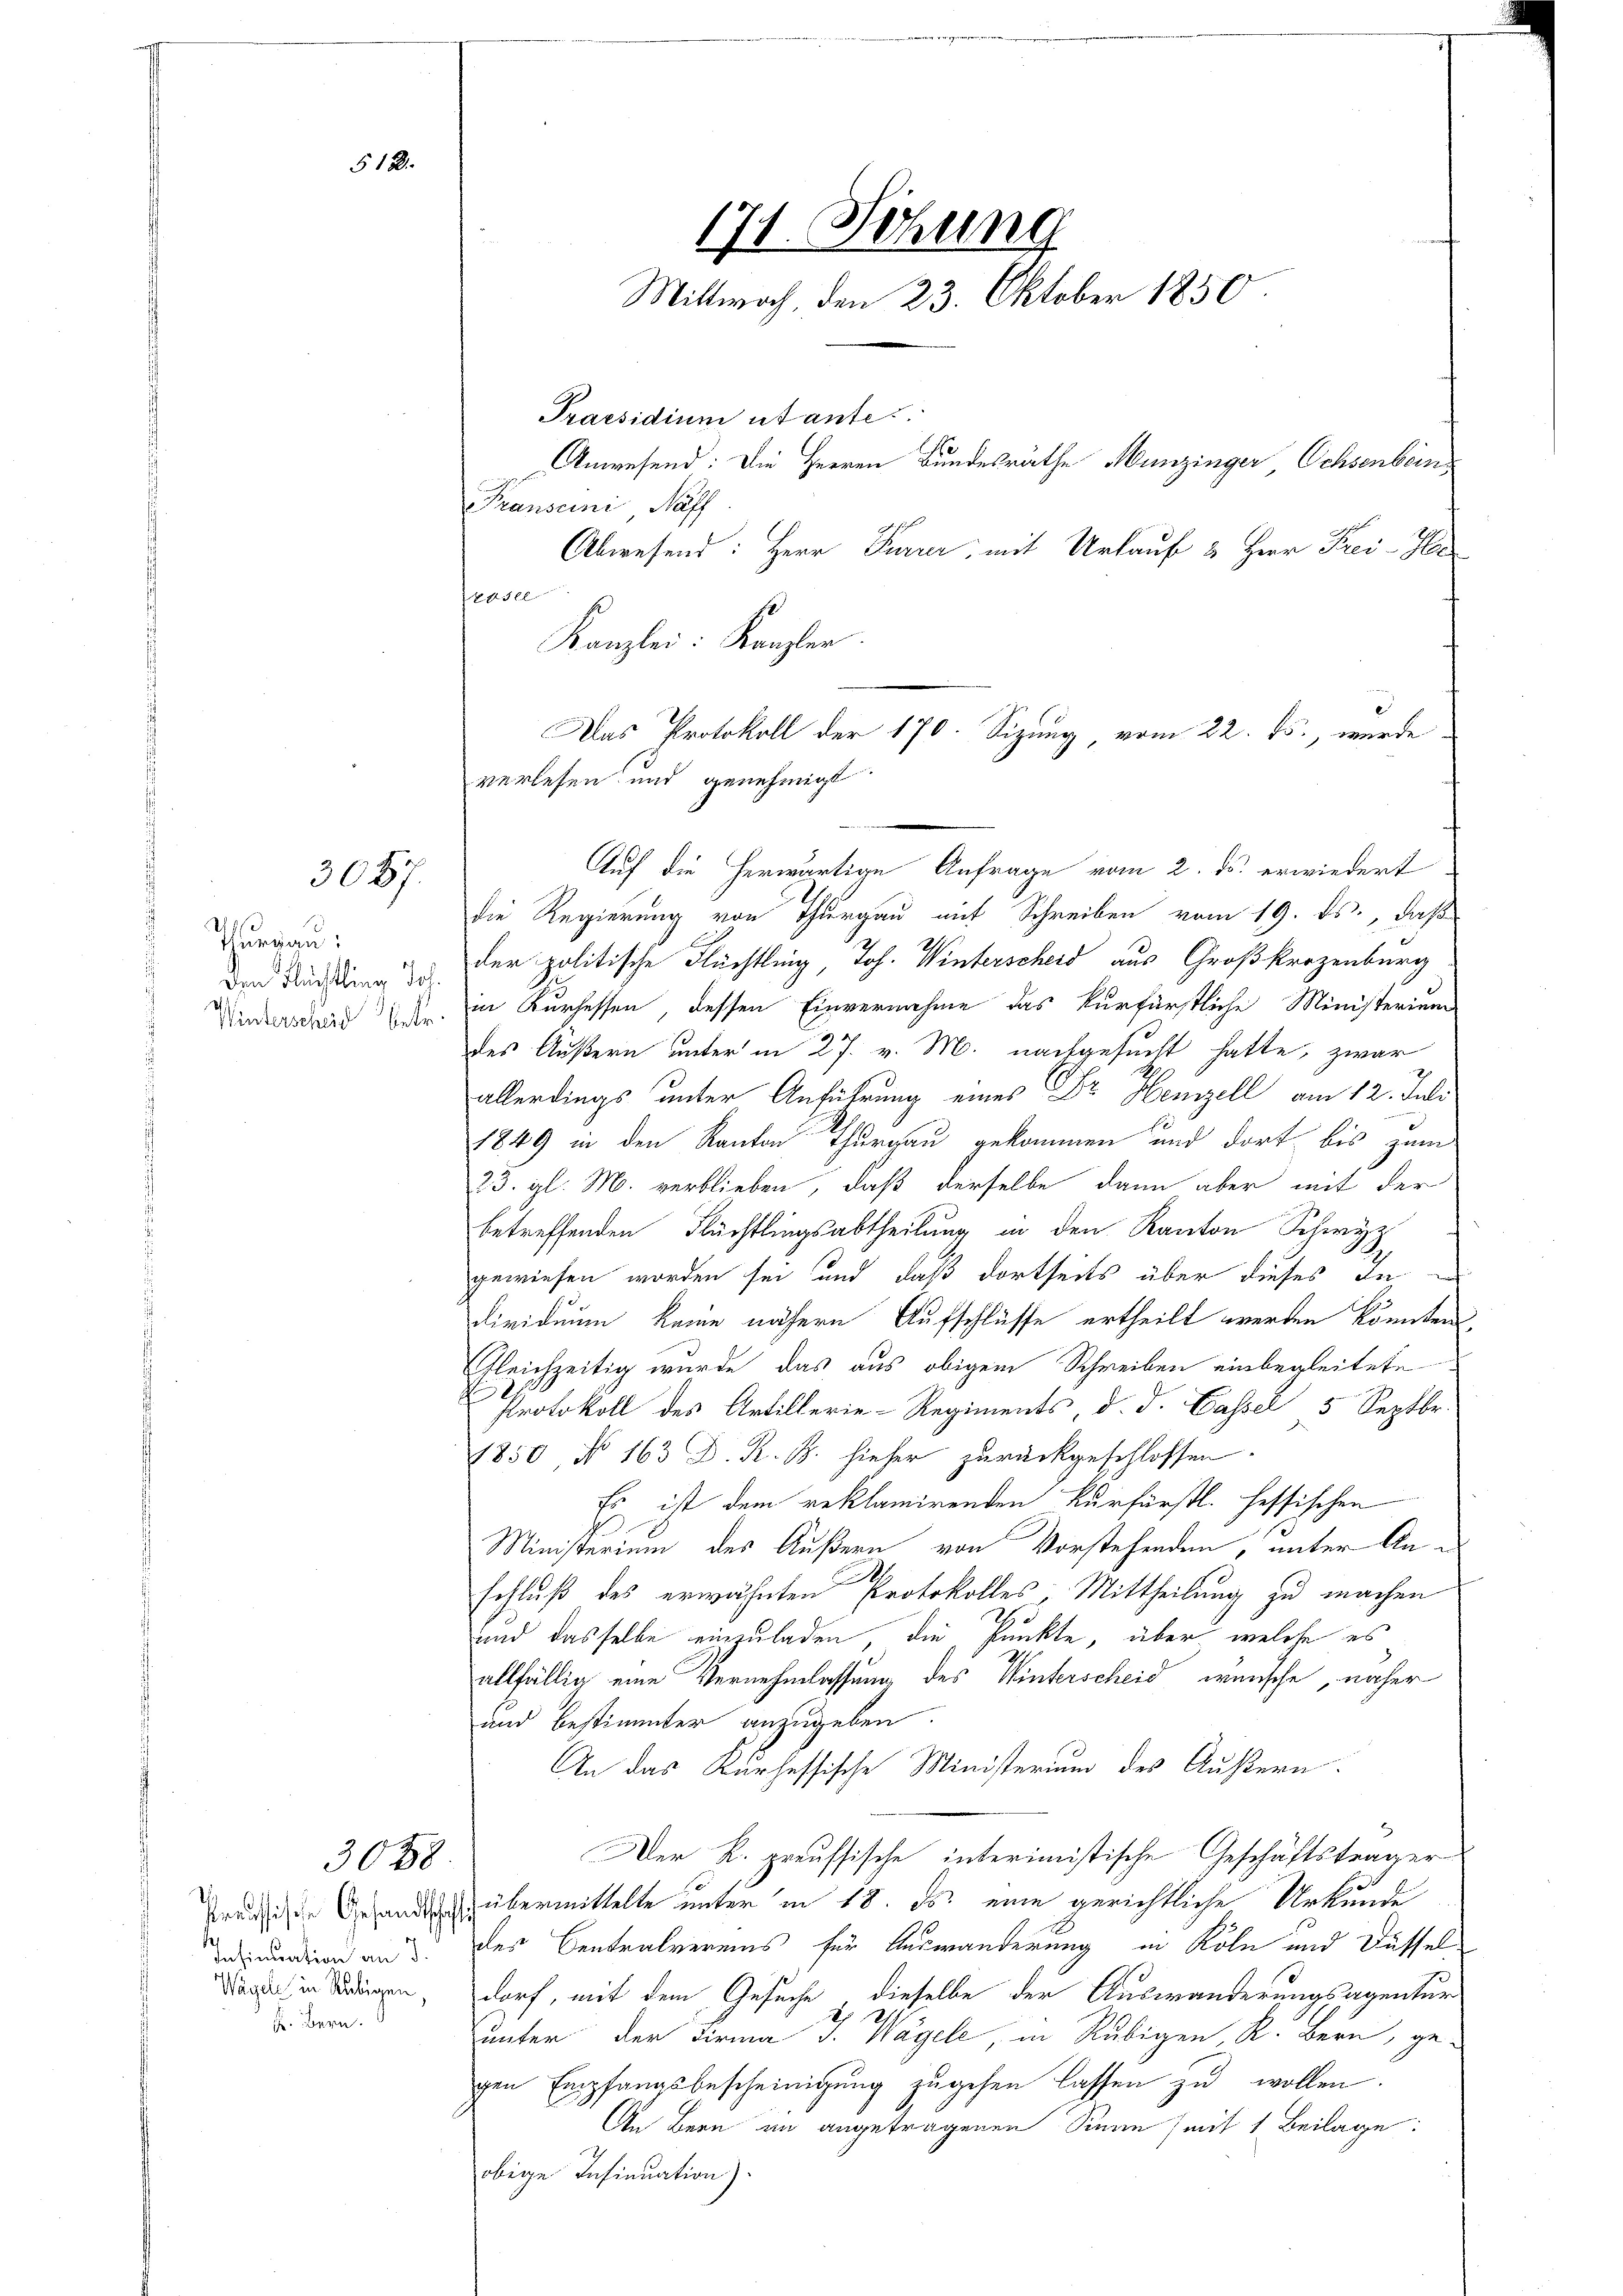
512.

3087.

Thurgau:
den Flüchtling Joh.
Winterscheid betr.

3028

Insinuation an I
Wägel in Rubigen,
Fr. Bern. S

171. Sitzung
Mittwoch, den 23. Oktober 1850.
Praesidium utante.
Anwesend: Die Herren Bundesräthe Munzinger Ochsenbein
Transcini Naff

Kanzlei: Kanzler.
Das Protokoll der 170. Sizung vom 22. ds., wurde
verlesen und genehmigt
Auf die herwärtige Anfrage vom 2. ds. erwiedert

Abwesend: Herr Furrer, mit Urlauf 2 Herr Frei-Ha
Nastl
die Regierung von Thurgau mit Schreiben vom 19. ds., daß
der politische Flüchtling, Joh. Winterscheid aus Großkrozenburg
in Kurhessen, dessen Einvernehme das Kurfürstliche Ministerium
des Äußern unter in 27. v. M. nachgesucht hatte, zwar
allerdings unter Anführung eines Dr. Heinzell am 12. Juli
1849 in den Kanton Thurgau gekommen und dort bis zum
23. gl. M. verblieben, daß derselbe dann aber mit der
betreffenden Flüchtlingsabtheilung in den Kanton Schwyz
gewiesen worden sei und daß dortseits über dieses Individuum keine nähern Aufschlüsse ertheilt werden könnten
Gleichzeitig wurde, das aus obigem Schreiben einbegleitete
Protokoll des Artillerie-Regiments, d. d. Cassel 5 Septbr.
1850, No 163 D. R. B. hieher zurückgeschlossen.
Es ist dem reklamirenden Kurfürstl. Hessischen
Ministerium des Äußern von Vorstehenden, unter An¬
M.
schluß des erwähnten Protokolles, Mittheilung zu machen
und dasselbe einzuladen, die Punkte, über welche es
allfällig eine Vernehmlassung des Winterscheid wünsche, näher
und bestimmter anzugeben.
An das Kurhessische Ministerium des Äußern.
Der K. preussische interimistische Geschäftsträger
reihen Gesandtens übermittelte unter in 18. ds. eine gerichtliche Urkunde
des Centralvereins für Auswanderung in Köln und Düssel
dorf, mit dem Gesuche, dieselbe der Auswanderungsagentur
unter der Firma J. Wägele, in Rubigen R. Bern, ge-
gen Empfangsbescheinigung zugehen lassen zu wollen.
An Bern in angetragenen Sinne (mit 1. Beilage:
obige Insinuation).